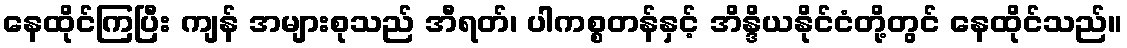
နေထိုင်ကြပြီး ကျန် အများစုသည် အီရတ်၊ ပါကစ္စတန်နှင့် အိန္ဒိယနိုင်ငံတို့တွင် နေထိုင်သည်။